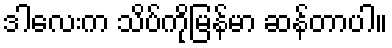
ဒါလေးက သိပ်ကိုမြန်မာ ဆန်တာပါ။